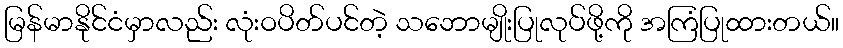
မြန်မာနိုင်ငံမှာလည်း လုံးဝပိတ်ပင်တဲ့ သဘောမျိုးပြုလုပ်ဖို့ကို အကြံပြုထားတယ်။